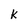
Character: k